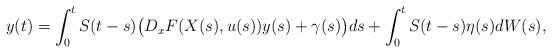
LaTeX: \begin{align*}y(t) = \int_0^t S(t-s)\big( D_xF(X(s),u(s))y(s) + \gamma(s)\big)ds + \int_0^t S(t-s)\eta(s)dW(s),\end{align*}